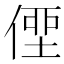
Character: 𠋿